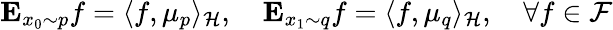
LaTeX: \mathbf{E}_{x_{0}\sim p}f=\langle f,\mu_{p}\rangle_{\mathcal{H}},\quad\mathbf{E}_{x_{1}\sim q}f=\langle f,\mu_{q}\rangle_{\mathcal{H}},\quad\forall f\in\mathcal{F}